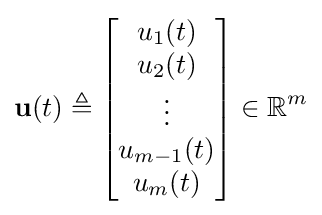
\mathbf {u} (t)\triangleq {\begin{bmatrix}u_{1}(t)\\u_{2}(t)\\\vdots \\u_{m-1}(t)\\u_{m}(t)\end{bmatrix}}\in \mathbb {R} ^{m}